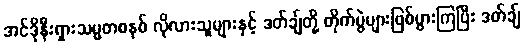
အင်ဒိုနီးရှားသမ္မတစနစ် လိုလားသူများနှင့် ဒတ်ချ်တို့ တိုက်ပွဲများဖြစ်ပွားကြပြီး ဒတ်ချ်